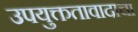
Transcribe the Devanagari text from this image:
उपयुक्ततावादाचा